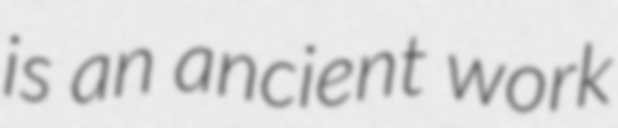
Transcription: is an ancient work